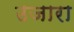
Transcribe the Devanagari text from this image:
उजारा